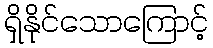
ရှိနိုင်သောကြောင့်